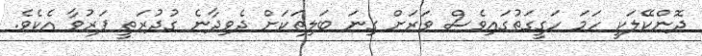
ދޮންކޭލަކީ ހަމަ ހަގީގަތުގައިވެސް ވަރަށް ގިނަ ބަލިތަކަށް ދެވިދާނެ ގުދުރަތީ ފަރުވާ އެކެވެ.